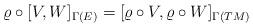
LaTeX: \begin{align*}\varrho \circ [V, W]_{\Gamma(E)} = [\varrho \circ V, \varrho \circ W]_{\Gamma(TM)}\end{align*}